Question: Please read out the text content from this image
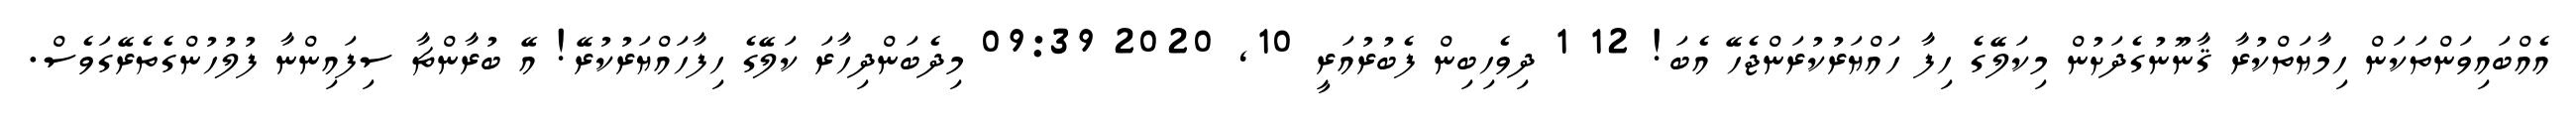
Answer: އެއްބައިވަންތަކަން ހިމާޔަތްކުރާ ޤާނޫނުގެދަށުން މިކަލޭގެ ހިފާ ހައްޔަރުކުރަންޖެހޭ އެބަ! 12 1 ދިވެހިބިން ފެބުރުއަރީ 10, 2020 09:39 މިދެބަންދިހާރަ ކަލޭގެ ހިފާހައްޔަރުކުރޭ! އޭ ބުރާންޗާ ސިފައިންނާ ފުލުހުންގެތެރޭގަވެސް.